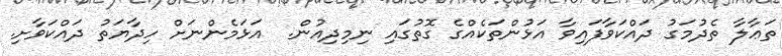
ތަޢާލާ ތެދުމަގު ދައްކަވާފައިވާ އަޅުންތަކެއްގެ ގޮތުގައި ނިމިދިއުން.  އަޅަމެންނަށް ހިދާޔަތު ދައްކަވާށި.